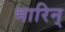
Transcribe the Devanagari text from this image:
भारिन्‌